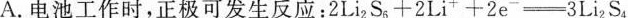
A.电池工作时，正极可发生反应：2Li2S6+2Li++2e--3Li2S4Lis